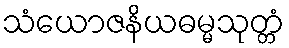
သံယောဇနိယဓမ္မသုတ္တံ